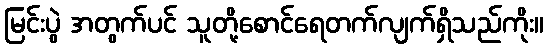
မြင်းပွဲ အတွက်ပင် သူတို့စောင်ရေတက်လျက်ရှိသည်ကိုး။